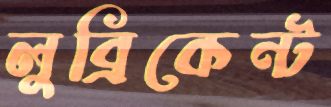
লুব্রিকেন্ট